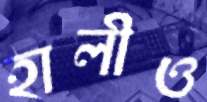
হালীও